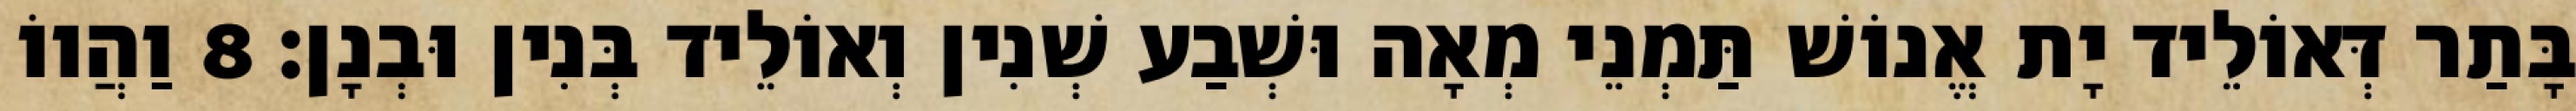
בָּתַר דְּאוֹלֵיד יָת אֱנוֹשׁ תַּמְנֵי מְאָה וּשְׁבַע שְׁנִין וְאוֹלֵיד בְּנִין וּבְנָן׃ 8 וַהֲווֹ